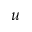
u